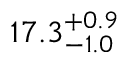
1 7 . 3 _ { - 1 . 0 } ^ { + 0 . 9 }